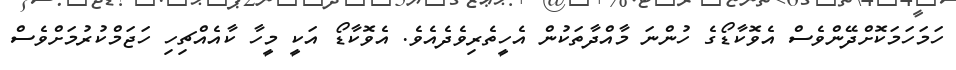
ހަމަހަމަކޮށްދޭންވެސް އެވޮކާޑޯގެ ހުންނަ މާއްދާތަކުން އެހީތެރިވެދެއެވެ. އެވޮކާޑޯ އަކީ މީހާ ކާއެއްޗިހި ހަޖަމްކުރުމަށްވެސް